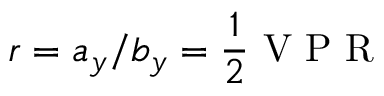
r = a _ { y } / b _ { y } = \frac { 1 } { 2 } \mathrm { ~ V ~ P ~ R ~ }